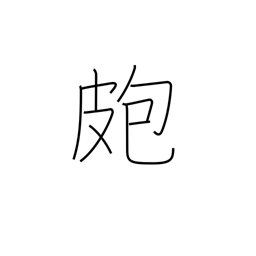
Meaning: pimple